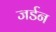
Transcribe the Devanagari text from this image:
जर्डन